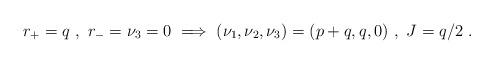
LaTeX: \begin{align*} r_+ = q \ , \ r_- = \nu_3 = 0 \implies (\nu_1,\nu_2,\nu_3)=(p+q,q,0) \ , \ J = q/2 \ .\end{align*}